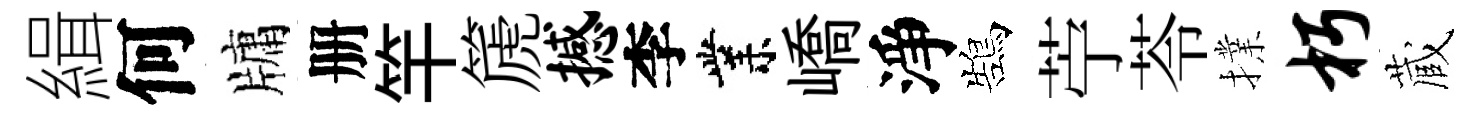
緝何牗册竿篪撼李業嶠淨鵠苧苓擈朽蔵